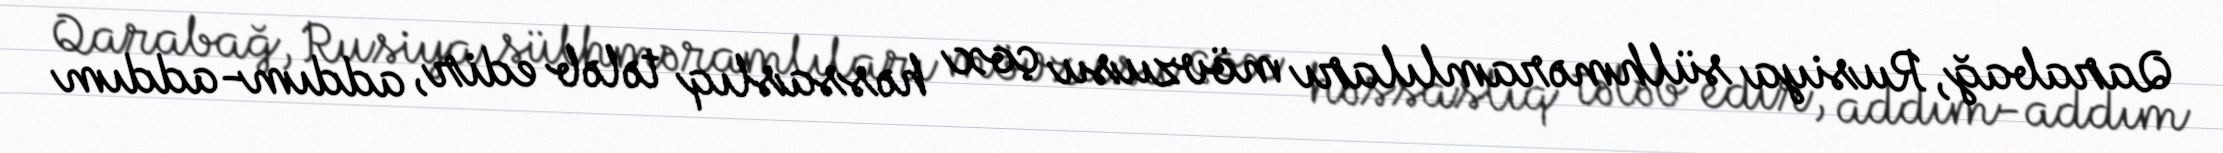
Qarabağ, Rusiya sülhməramlıları mövzusu çox həssaslıq tələb edir, addım-addım